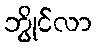
ဘွိုင်လာ